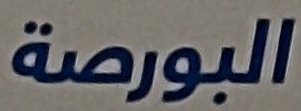
البورصة